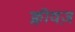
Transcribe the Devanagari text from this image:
क्लीवज़